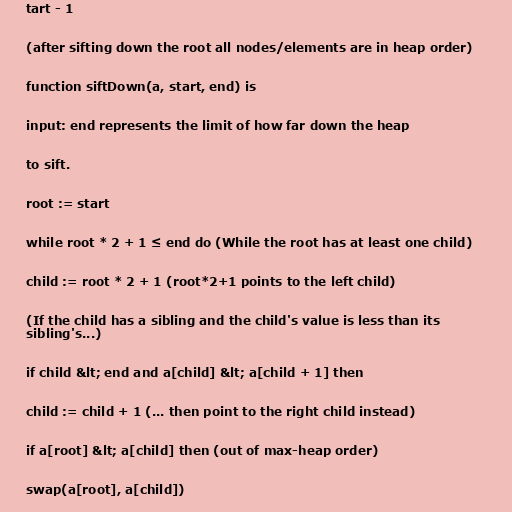
tart - 1

(after sifting down the root all nodes/elements are in heap order)

function siftDown(a, start, end) is

input: end represents the limit of how far down the heap

to sift.

root := start

while root * 2 + 1 ≤ end do (While the root has at least one child)

child := root * 2 + 1 (root*2+1 points to the left child)

(If the child has a sibling and the child's value is less than its
sibling's...)

if child &lt; end and a[child] &lt; a[child + 1] then

child := child + 1 (... then point to the right child instead)

if a[root] &lt; a[child] then (out of max-heap order)

swap(a[root], a[child])